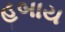
હબાય